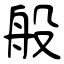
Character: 般